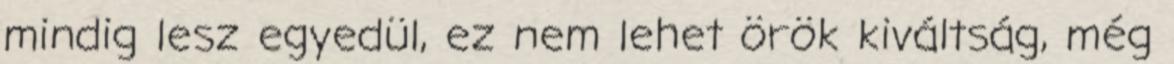
mindig lesz egyedül, ez nem lehet örök kiváltság, még